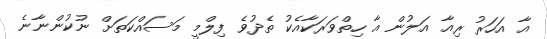
އާ އަހަރު ރިއާ އަލުން އާ ހިތްވަރަކާއެކު ތެދުވެ ފިލްމީ މަސައްކަތަށް ނުކުންނާނެ